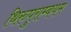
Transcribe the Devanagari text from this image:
थिरुपुराम्बयम